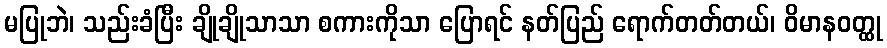
မပြုဘဲ၊ သည်းခံပြီး ချိုချိုသာသာ စကားကိုသာ ပြောရင် နတ်ပြည် ရောက်တတ်တယ်၊ ဝိမာနဝတ္ထု